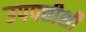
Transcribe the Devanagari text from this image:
उपपत्तीशी